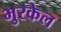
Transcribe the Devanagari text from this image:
भुरकेल